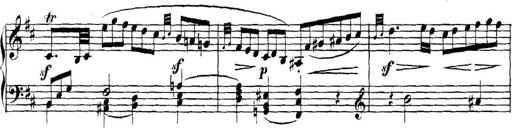
Title: Collected Piano Sonatas
Composer: Muzio Clementi